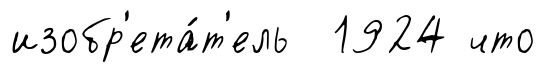
изобр'ета́т'ель 1924 что